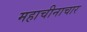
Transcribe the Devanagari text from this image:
महाचीनाचार